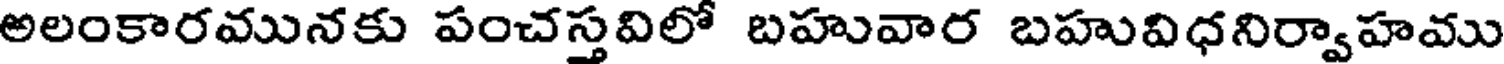
అలంకారమునకు పంచస్తవిలో బహువార బహువిధనిర్వాహము